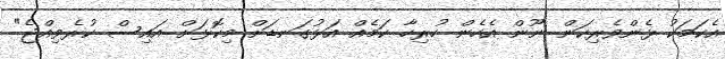
އެކަމަކު ޅެންވެރިކަން ނޫން އެހެން ހުރިހާ ކަމެއް އަޅުގަނޑަށް މިކޮޅަށް އައިސް ކުރެވިއްޖެ"